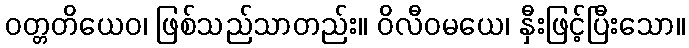
ဝတ္တတိယေဝ၊ ဖြစ်သည်သာတည်း။ ဝိလီဝမယေ၊ နှီးဖြင့်ပြီးသော။